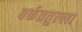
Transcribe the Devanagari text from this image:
बर्कततुल्ला